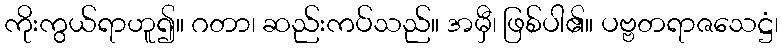
ကိုးကွယ်ရာဟူ၍။ ဂတာ၊ ဆည်းကပ်သည်။ အမှီ၊ ဖြစ်ပါ၏။ ပဗ္ဗတရာဇသေဋ္ဌံ၊